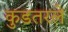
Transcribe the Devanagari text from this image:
कुडतरले